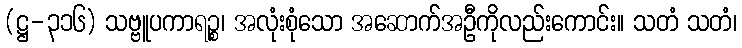
(ဋ္ဌ-၃၁၆) သဗ္ဗူပကာရဉ္စ၊ အလုံးစုံသော အဆောက်အဦကိုလည်းကောင်း။ သတံ သတံ၊